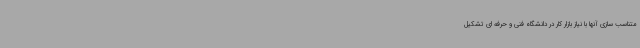
متناسب سازی آنها با نیاز بازار کار در دانشگاه فنی و حرفه ای تشکیل